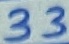
Text: 33